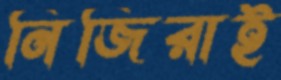
নিজিরাই